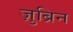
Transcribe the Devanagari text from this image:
ज़ुब्रिन